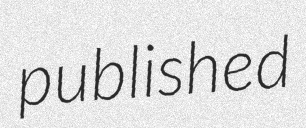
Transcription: published